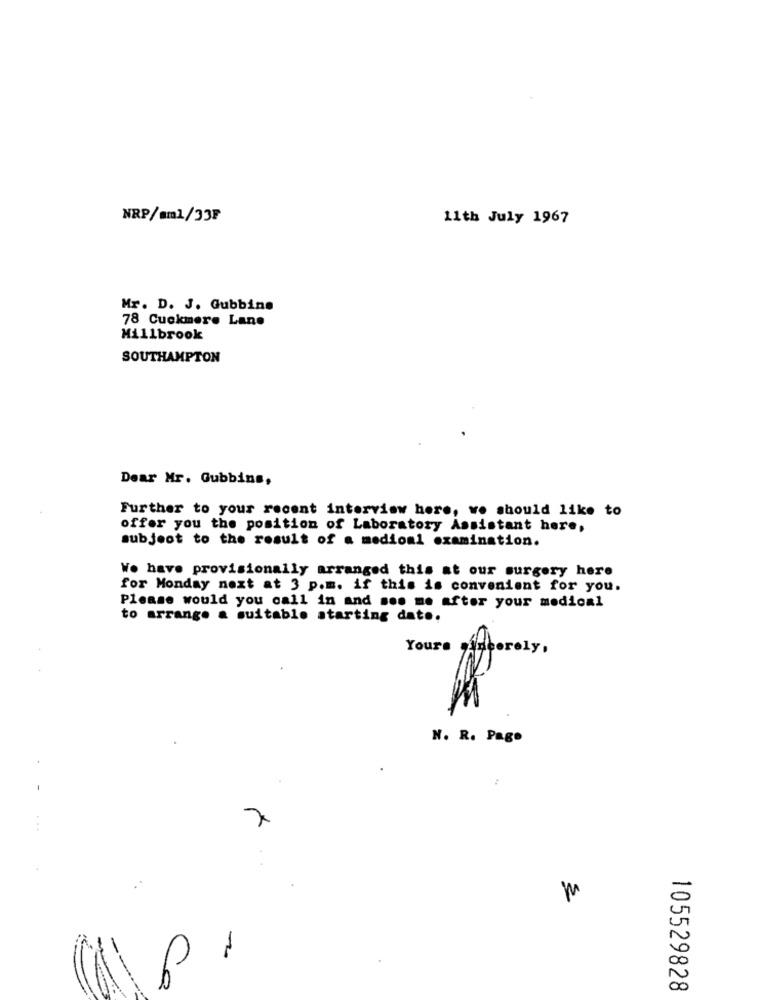
NRP/am1/33F
11th July 1967
Mr. D. J. Gubbins
78 Cuckmere Lane
Millbrook
SOUTHAMPTON
Dear Mr. Gubbins,
Further to your recent interview here, we should like to
offer you the position of Laboratory Assistant here,
subject to the result of a medion1 examination.
Wo have provisionally arranged this at our surgery here
for Monday next at 3 p.m. if this is convenient for you.
Please would you call in and soo me after your medioal
to arrange a suitable starting date.
Youre
rely,
N. R. Pago
7
2
v
Ca
00
105529828